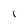
Character: I